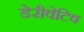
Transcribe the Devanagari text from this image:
डेरीवेटिव